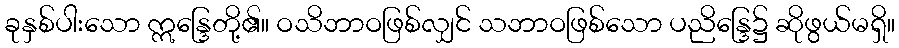
ခုနှစ်ပါးသော ဣန္ဒြေတို့၏။ ဝသိဘာဝဖြစ်လျှင် သဘာဝဖြစ်သော ပညိန္ဒြေ၌ ဆိုဖွယ်မရှိ။